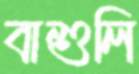
বাশুলি